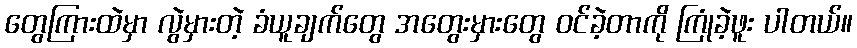
တွေကြားထဲမှာ လွဲမှားတဲ့ ခံယူချက်တွေ အတွေးမှားတွေ ဝင်ခဲ့တာကို ကြုံခဲ့ဖူး ပါတယ်။